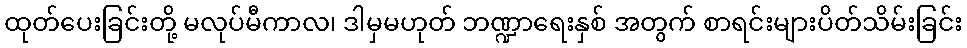
ထုတ်ပေးခြင်းတို့ မလုပ်မီကာလ၊ ဒါမှမဟုတ် ဘဏ္ဍာရေးနှစ် အတွက် စာရင်းများပိတ်သိမ်းခြင်း